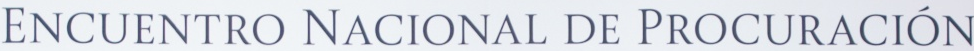
ENCUENTRO NACIONAL DE PROCURACION